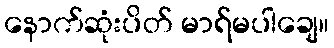
နောက်ဆုံးပိတ် မာရ်မပါချေ။